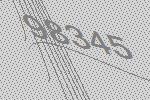
98345